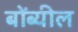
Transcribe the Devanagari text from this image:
बोंब्यील